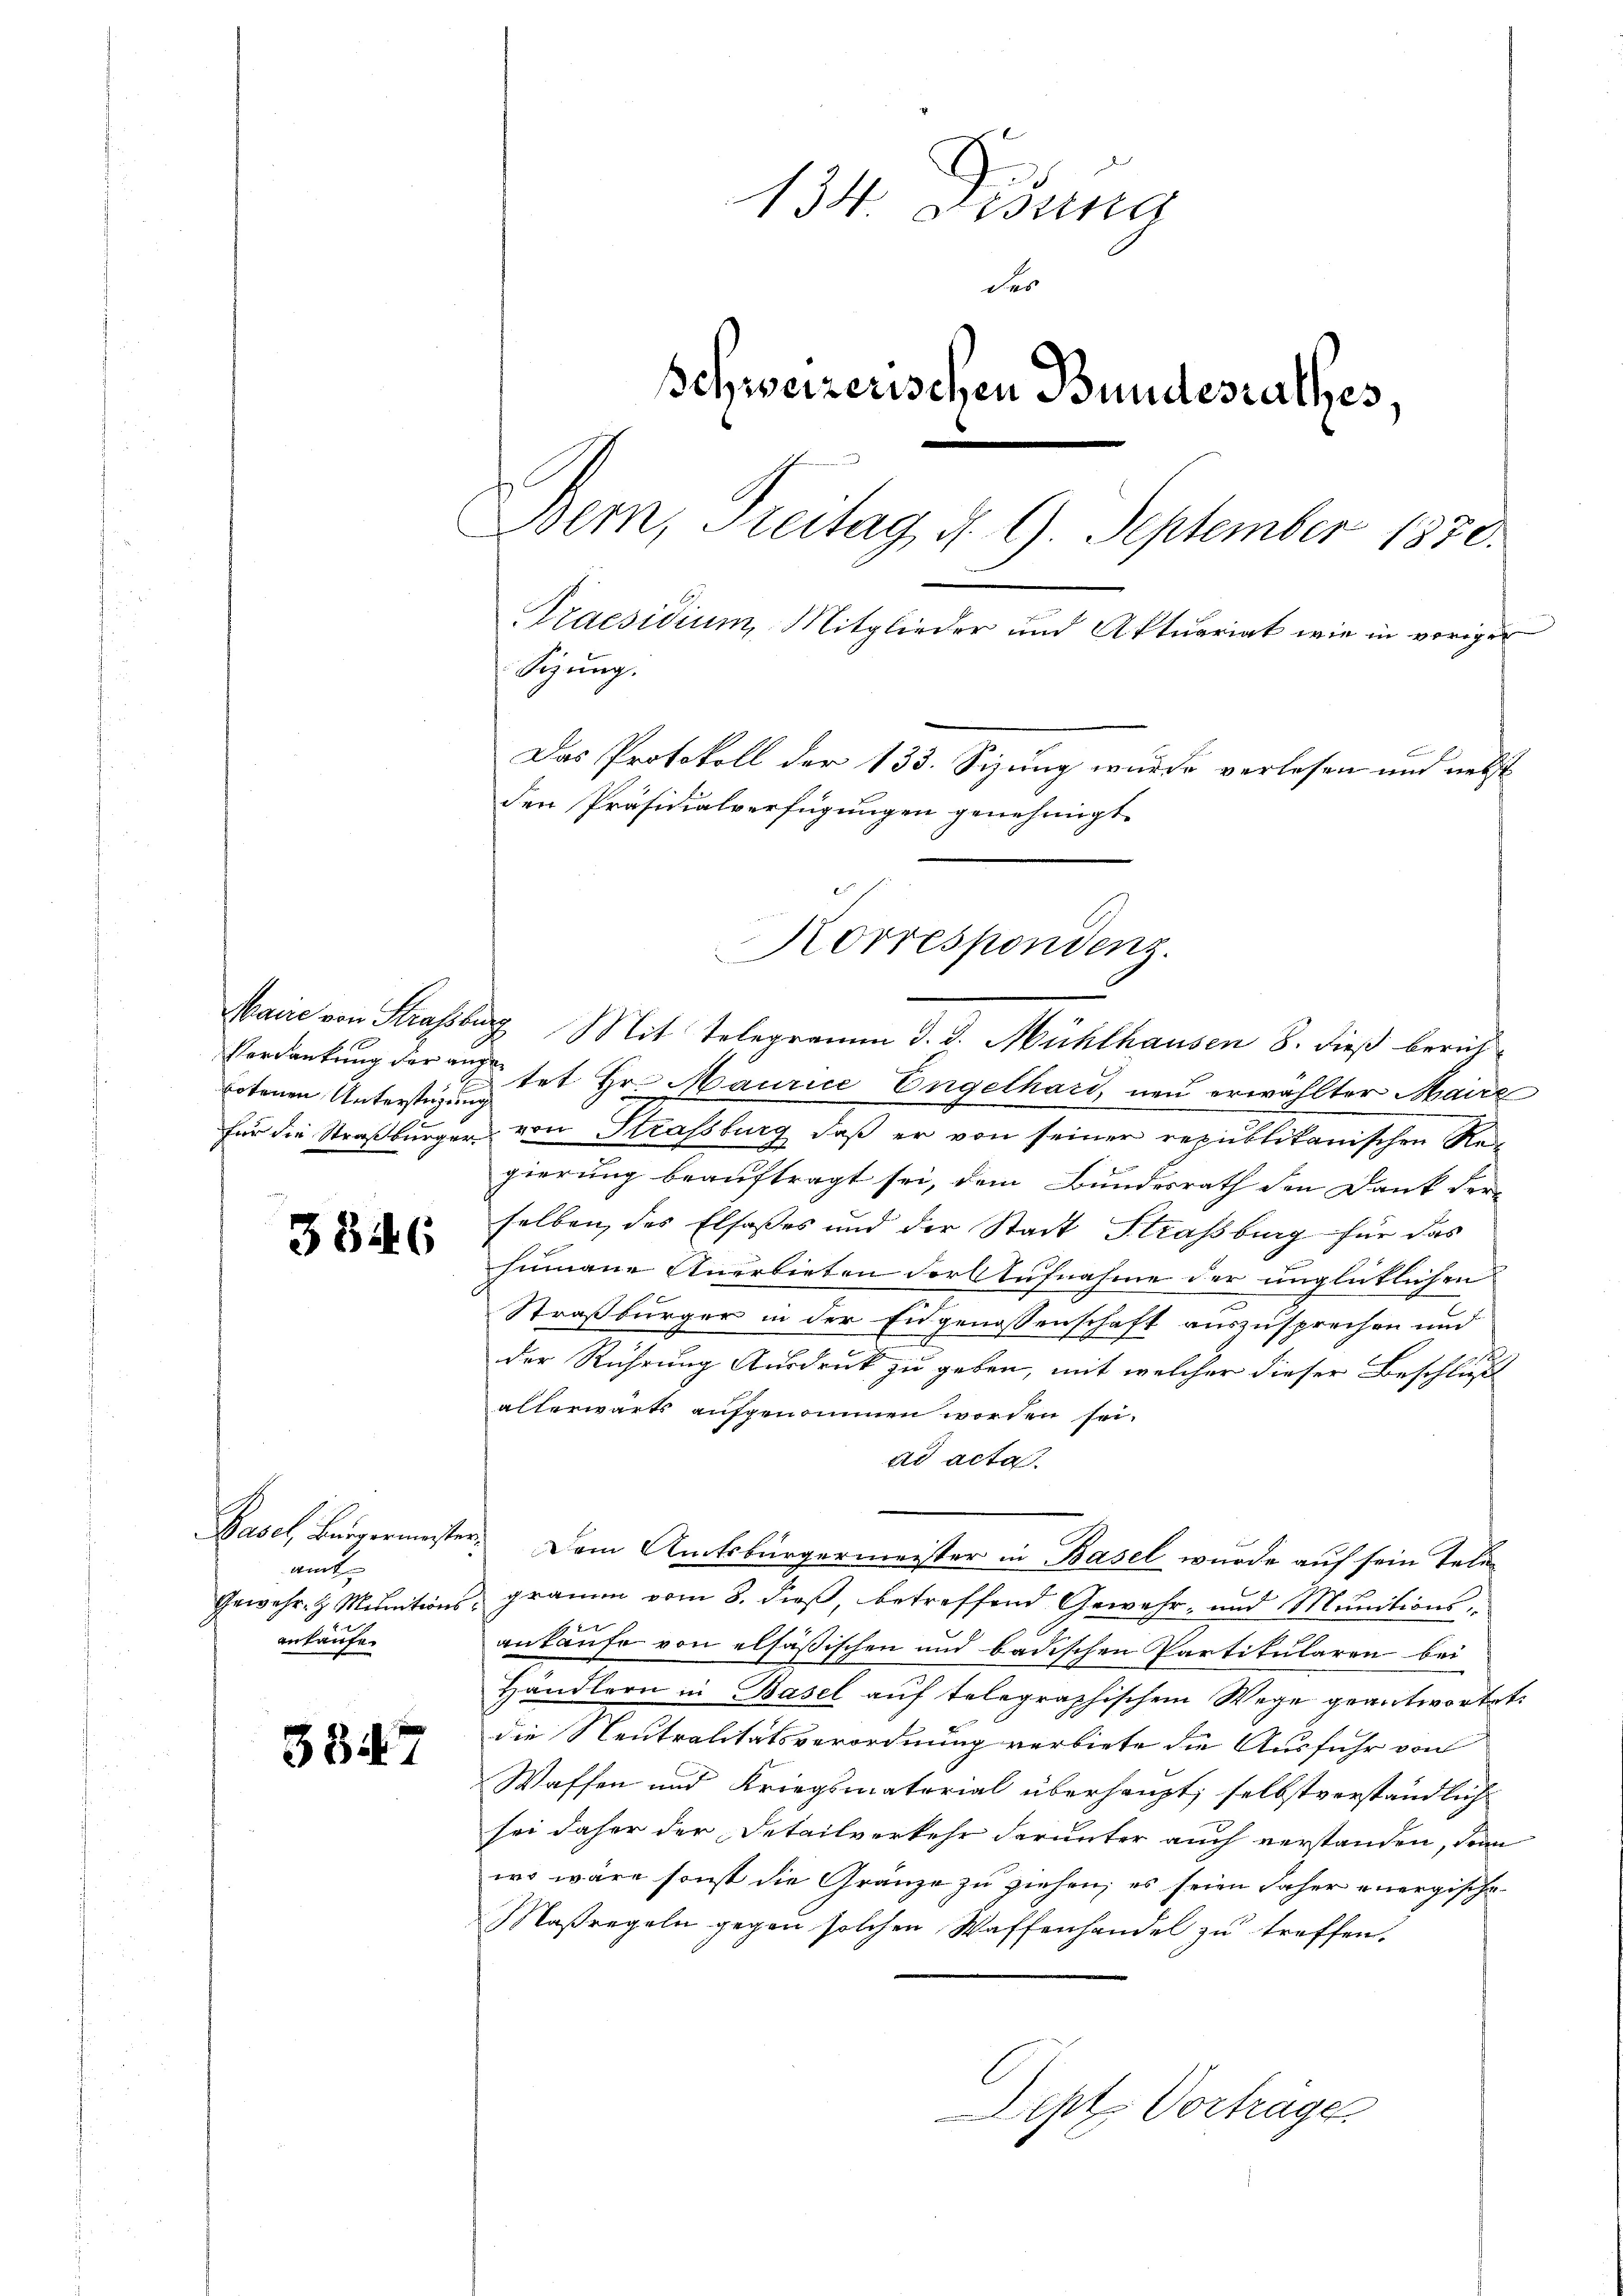
botenen Unterstüzung

3346

Basel, Bergermeister.
mit
Gewehr- & Munitions
ankaufe.

3847

134. Disung
der
Schweizerischen Bundesrathes.
Bern, Freitag, d. 9. September 1850.
Praesidium, Mitglieder und Aktuariat wie in voriger
Sizung.
Das Protokoll der 133. Sizung wurde verlesen und nebst
den Präsidialverfügungen genehmigt.

Verdankung der an tat Hr. Maurice Engelhard, neu erwählter Maire
für die Straßburger von Strassburg, daß er von seiner republikanischen Rei
gierung beauftragt sei, dem Bundesrath den Dank der
selben, des Elsaßes und der Stadt Strassburg für das
humane Anerbieten der Aufnahme der unglücklichen
Straßburger in der Eidgenossenschaft auszusprechen und
der Rührung Ausdruck zu geben, mit welcher dieser Beschluß
allerwärts aufgenommen worden sei.
ad acta.
gramm vom 8. dieß, betreffend Gewehr- und Munitions¬
7
ankaufe von elsäßischen und badischen Partikularen bei
Händlern in Basel auf telegraphischem Wege geantwortet:
die Neutralitätsverordnung verbiete die Ausfuhr von
Waffen und Kriegsmaterial überhaupt, selbstverständlich
sei daher der Detailverkehr darunter auch verstanden, dan
wo wäre sonst die Gränze zu ziehen, es seien daher energische¬
Maßregeln gegen solchen Waffenhandel zu treffen.
Dept Vorträge

Korrespondenz.
Maire von Strasburg Mit Telegramm d. d. Mühlhausen 8. dieß berich¬

Dem Amtsbürgermeister in Basel wurde auf sein Tele